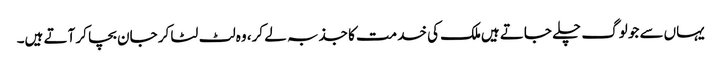
یہاں‌سے جو لوگ چلے جاتے ہیں‌ملک کی خدمت کا جذبہ لے کر، وہ لٹ لٹا کر جان بچا کر آتے ہیں۔